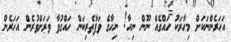
އަހަރެންނަކަށް މިހާރަކު ހައްގެއް ނޫން ނިހާ! ނިހާގެ ވަފާތެރިކަން ހައްގުވާ ވަރަށްވުރެން އަހަރެން